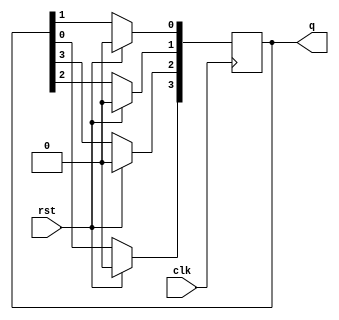
module ring_counter_nbit (clk,rst,q);
 input clk,rst;
 
 parameter n=4;
 
 output reg [n-1:0] q = 4'b1000;
 integer i;
 
 always @ ( posedge clk)
 
 begin
 
   if(rst)
	q<= 4'b0000;
	
	else 
	begin
	
	q[n-1]<=q[0];
	
	for (  i=0; i<(n-1);i=i+1)
	
	begin
	
	q[i]<=q[i+1];
	end
	
	end
 
 end

endmodule